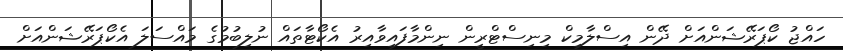
ހައްޖު ކޯޕަރޭޝަންއަށް ދޭން އިސްލާމިކް މިނިސްޓްރީން ނިންމާފައިވާއިރު އެކޯޓާތައް ނުލިބުމުގެ މައްސަލަ އެކޯޕަރޭޝަންއަށް